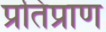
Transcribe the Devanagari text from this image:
प्रतिप्राण